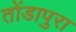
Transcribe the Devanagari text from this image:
तोंडापुरा